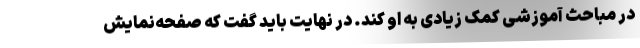
در مباحث آموزشی کمک زیادی به او کند. در نهایت باید گفت که صفحه‌نمایش